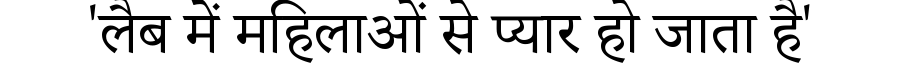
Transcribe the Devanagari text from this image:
'लैब में महिलाओं से प्यार हो जाता है'